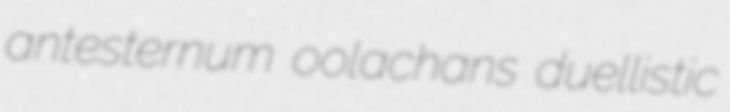
antesternum oolachans duellistic